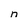
Character: n